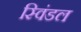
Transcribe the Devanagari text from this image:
स्विंडल